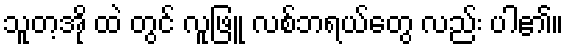
သူတ့အို ထဲ တွင် လူဖြူ လစ်ဘရယ်တွေ လည်း ပါ၏။